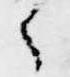
々